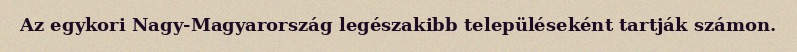
Az egykori Nagy-Magyarország legészakibb településeként tartják számon.